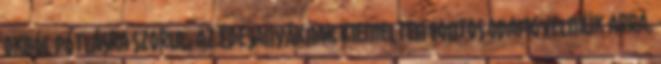
okból pótlásra szorul, az édesanyáknak kiemelten fontos odafigyelniük arra,